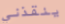
ينقذني